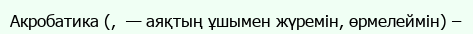
Акробатика (,  — аяқтың ұшымен жүремін, өрмелеймін) –